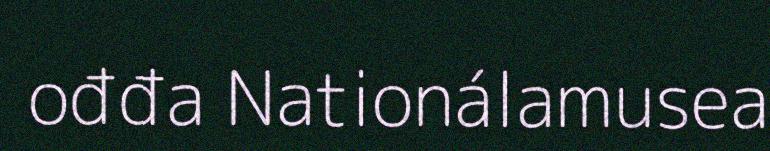
ođđa Nationálamusea